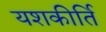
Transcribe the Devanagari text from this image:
यशकीर्ति